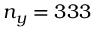
n _ { y } = 3 3 3